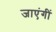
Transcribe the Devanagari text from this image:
जाएंगीं